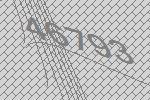
46793